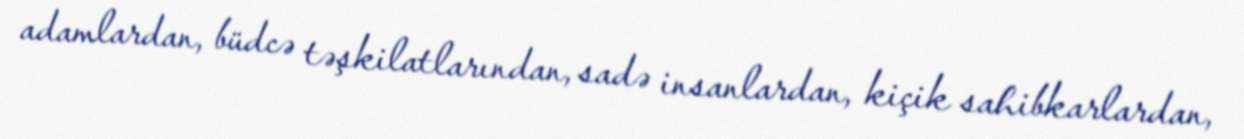
adamlardan, büdcə təşkilatlarından, sadə insanlardan, kiçik sahibkarlardan,